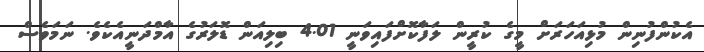
އެކުންފުނިން މުޅިއަހަރަށް މީގެ ކުރީން ލަފާކޮށްފައިވަނީ 4.01 ބިލިއަން ޑޮލަރުގެ އާމްދަނީއެކެވެ. ނަމަވެސް